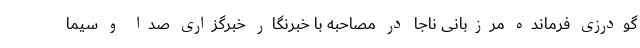
گودرزی فرمانده مرزبانی ناجا در مصاحبه با خبرنگار خبرگزاری صدا و سیما